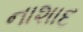
નાશાદ